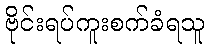
ဗိုင်းရပ်ကူးစက်ခံရသူ